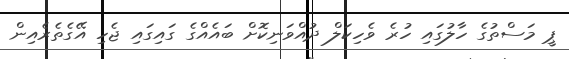
ޕީ މަސްތުގެ ހާލުގައި ހުރެ ވެހިކަލް ދުއްވަނިކޮށް ބައެއްގެ ގައިގައި ޖެހި އޭގެތެރެއިން